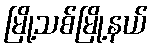
မြို့သစ်မြို့နယ်